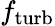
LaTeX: f_{\mathrm{turb}}